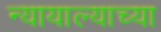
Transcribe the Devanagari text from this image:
न्यायाल्याच्या